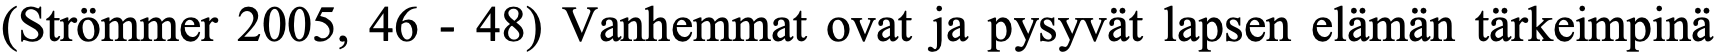
(Strömmer 2005, 46 - 48) Vanhemmat ovat ja pysyvät lapsen elämän tärkeimpinä